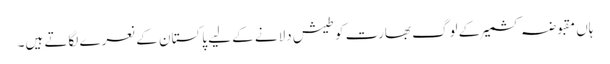
ہاں مقبوضہ کشمیر کے لوگ بھارت کو طیش دلانے کے لیے پاکستان کے نعرے لگاتے ہیں۔